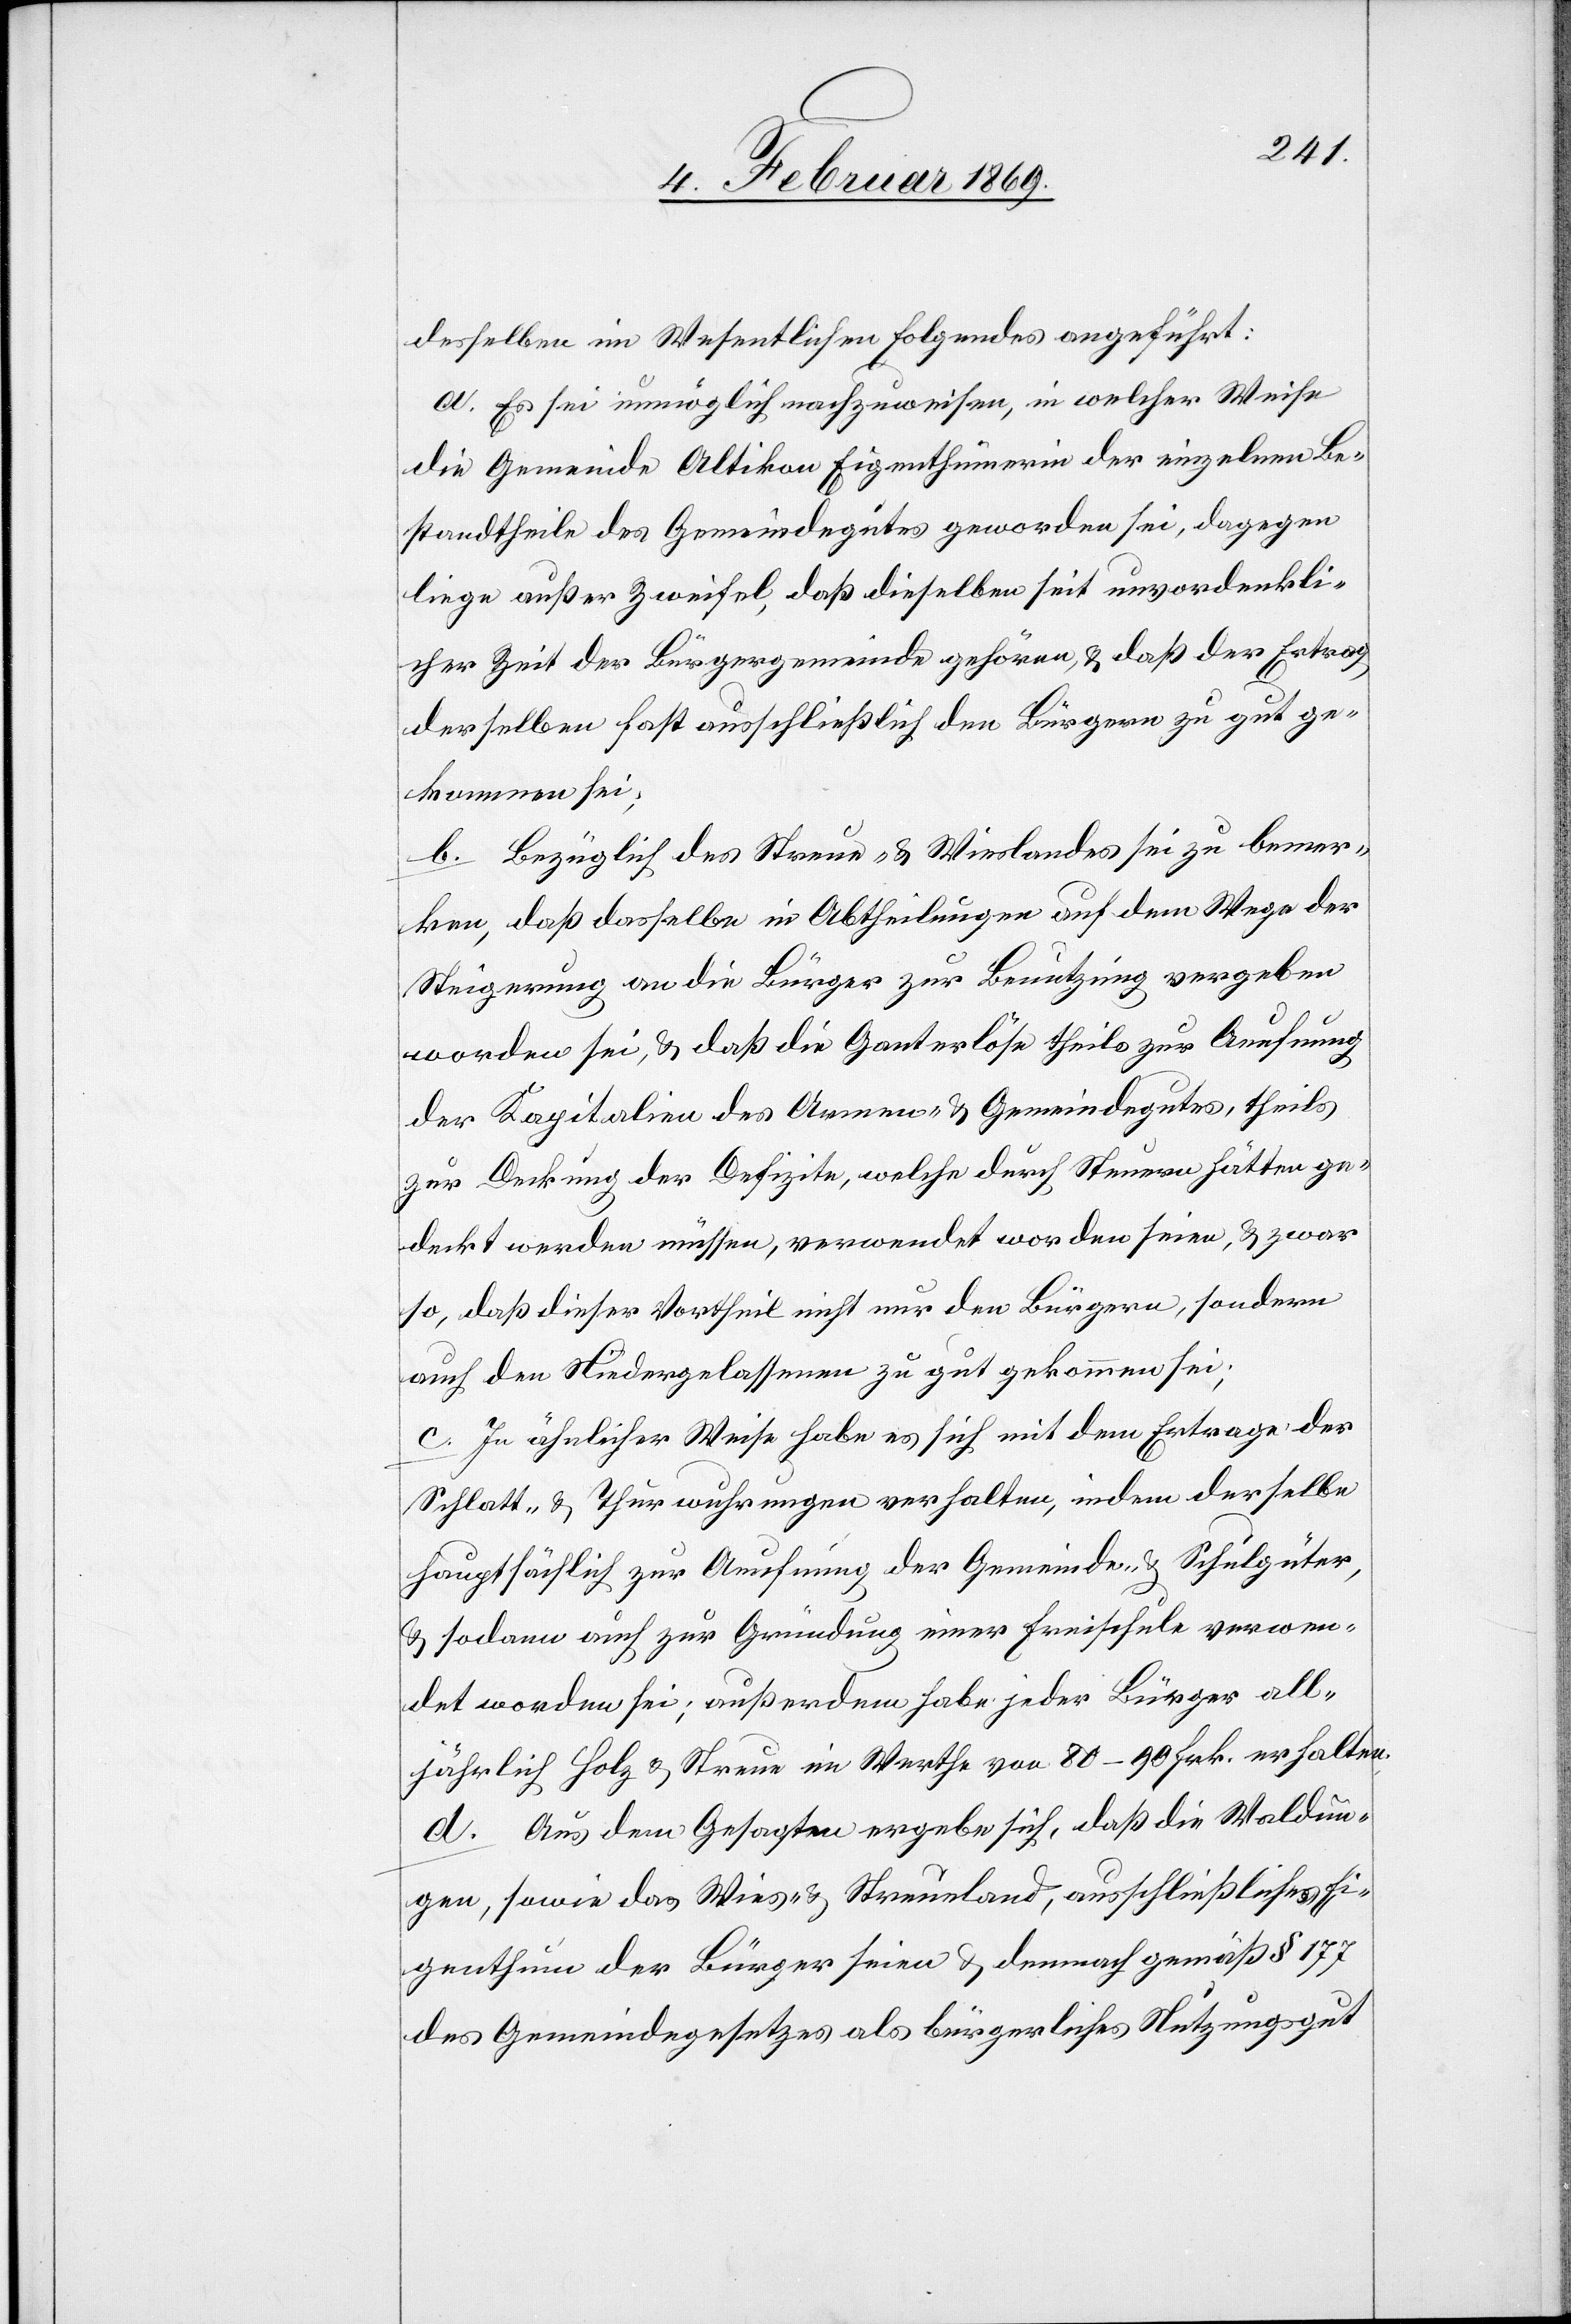
desselben im Wesentlichen Folgendes angeführt:
a. Es sei unmöglich nachzuweisen, in welcher Weise
die Gemeinde Altikon Eigenthümerin der einzelnen Be¬
standtheile des Gemeindegutes geworden sei, dagegen
liege außer Zweifel, daß dieselben seit unvordenkli¬
cher Zeit der Bürgergemeinde gehören, & daß der Ertrag
derselben fast ausschließlich den Bürgern zu gut ge¬
kommen sei;
b. Bezüglich des Streue- & Wieslandes sei zu bemer¬
ken, daß dasselbe in Abtheilungen auf dem Weg der
Steigerung an die Bürger zur Benutzung vergeben
worden sei, & daß die Ganterlöse theils zur Aeufnung
der Kapitalien des Armen- & Gemeindegutes, theils
zur Deckung der Defizite, welche durch Steuern hätten ge¬
deckt werden müssen, verwendet worden seien, & zwar
so, daß dieser Vortheil nicht nur den Bürgern, sondern
auch den Niedergelassenen zu gut gekommen sei;
c. In ähnlicher Weise habe es sich mit dem Ertrage der
Schlatt- & Thurwuhrungen verhalten, indem derselbe
hauptsächlich zur Aeufnung der Gemeinde- & Schulgüter,
& sodann auch zur Gründung einer Freischule verwen¬
det worden sei; außerdem habe jeder Bürger all¬
jährlich Holz & Streue im Werthe von 80–90 Frk. erhalten.
d. Aus dem Gesagten ergebe sich, daß die Waldun¬
gen, sowie das Wies- & Streueland, ausschließliches Ei¬
genthum der Bürger seien & demnach gemäß § 177
des Gemeindegesetzes als bürgerliches Nutzungsgut